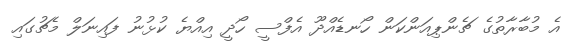
އެ މުބާރާތުގެ ޗެންޕިއަންކަން ހޯނޑެއްދޫ އެފްސީ ހޯދީ އިއްޔެ ކުޅުނު ފައިނަލް މެޗުގައި